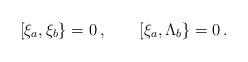
LaTeX: \begin{align*}\lbrack \xi_a,\xi_b \} = 0 \,, \quad \quad \lbrack \xi_a,\Lambda_b \} = 0 \,.\end{align*}